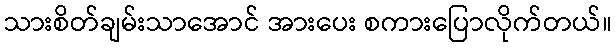
သားစိတ်ချမ်းသာအောင် အားပေး စကားပြောလိုက်တယ်။